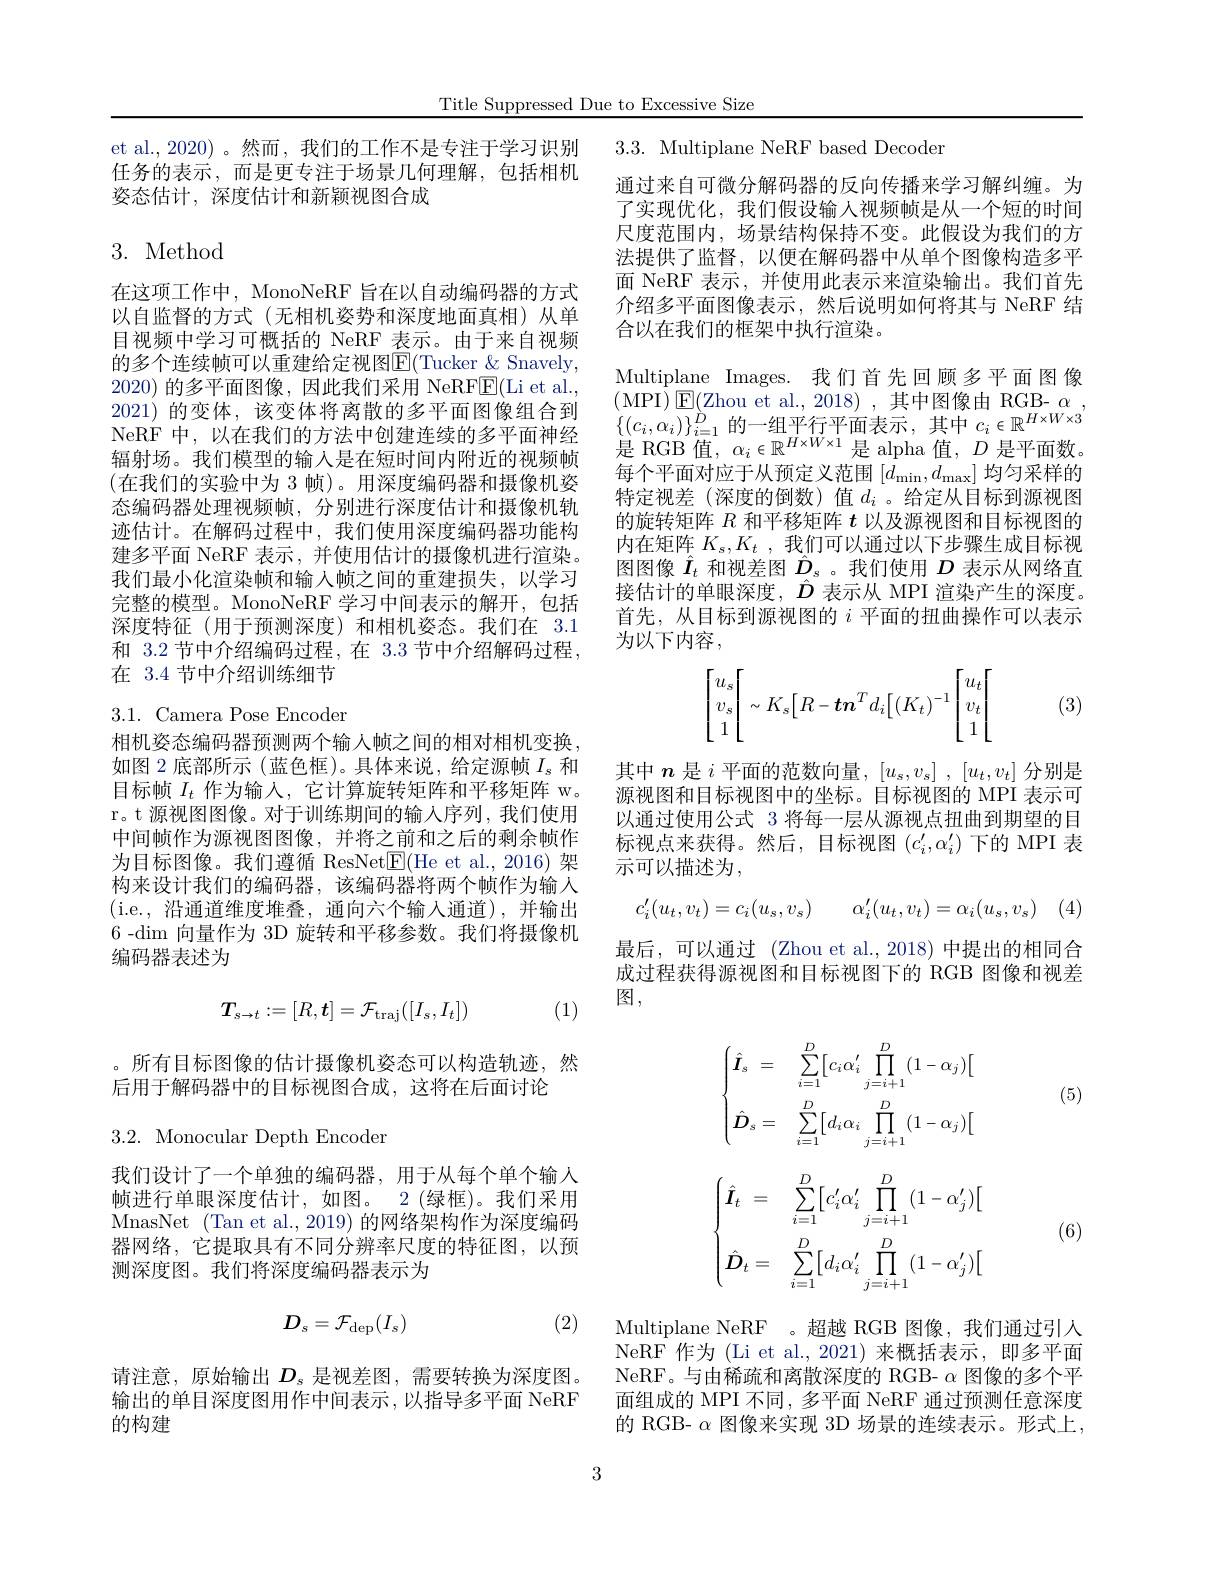
Title Suppressed Due to Excessive Size

et al., 2020) 。然而，我们的工作不是专注于学习识别任务的表示，而是更专注于场景几何理解，包括相机姿态估计，深度估计和新颖视图合成

# 3. Method

在这项工作中，MonoNeRF 旨在以自动编码器的方式以自监督的方式(无相机姿势和深度地面真相)从单目视频中学习可概括的 NeRF 表示。由于来自视频的多个连续帧可以重建给定视图E(Tucker & Snavely, 2020)的多平面图像，因此我们采用 NeRFE(Li et al. 2021) 的变体，该变体将离散的多平面图像组合到NeRF 中，以在我们的方法中创建连续的多平面神经辐射场。我们模型的输入是在短时间内附近的视频帧(在我们的实验中为 3 帧)。用深度编码器和摄像机姿态编码器处理视频帧，分别进行深度估计和摄像机轨迹估计。在解码过程中，我们使用深度编码器功能构建多平面 NeRF 表示，并使用估计的摄像机进行渲染。我们最小化渲染帧和输入帧之间的重建损失，以学习完整的模型。MonoNeRF 学习中间表示的解开，包括深度特征(用于预测深度)和相机姿态。我们在 3.1和 3.2 节中介绍编码过程，在 3.3 节中介绍解码过程在 3.4 节中介绍训练细节

## 3.1. Camera Pose Encoder

相机姿态编码器预测两个输人帧之间的相对相机变换如图 2 底部所示 (蓝色框)。具体来说，给定源帧$I_s$和目标帧$I_t$作为输入，它计算旋转矩阵和平移矩阵 w。r。t 源视图图像。对于训练期间的输入序列，我们使用中间帧作为源视图图像，并将之前和之后的剩余帧作为目标图像。我们遵循 ResNet$\underline{\mathrm{E}}($He et al.,2016)架构来设计我们的编码器，该编码器将两个帧作为输入( i. e. , 沿通道维度堆叠，通向六个输入通道),并输出6 -dim 向量作为 3D 旋转和平移参数。我们将摄像机编码器表述为
$$T_{s\to t}:=[R,\boldsymbol{t}]=\mathcal{F}_{\mathrm{traj}}([I_{s},I_{t}])$$
(1)

。所有目标图像的估计摄像机姿态可以构造轨迹，然
后用于解码器中的目标视图合成，这将在后面讨论

3.2. Monocular Depth Encoder

我们设计了一个单独的编码器，用于从每个单个输入帧进行单眼深度估计，如图。2(绿框)。我们采用MnasNet (Tan et al., 2019) 的网络架构作为深度编码器网络，它提取具有不同分辨率尺度的特征图，以预测深度图。我们将深度编码器表示为
$$D_s=\mathcal{F}_{\mathrm{dep}}(I_s)$$
(2)

请注意，原始输出$D_s$是视差图，需要转换为深度图。输出的单目深度图用作中间表示，以指导多平面 NeRF 的构建

3.3. Multiplane NeRF based Decoder

通过来自可微分解码器的反向传播来学习解纠缠。为了实现优化，我们假设输入视频帧是从一个短的时间尺度范围内，场景结构保持不变。此假设为我们的方法提供了监督，以便在解码器中从单个图像构造多平面 NeRF 表示，并使用此表示来渲染输出。我们首先介绍多平面图像表示，然后说明如何将其与 NeRF 结合以在我们的框架中执行渲染。
Multiplane Images. 我们首先回顾多平面图像(MPI$)\boxtimes[$Zhou et al.,2018),其中图像由 RGB-$\alpha$, 是 RGB 值，$\alpha_i\in\mathbb{R}^{H\times W\times1}$是 alpha 值，$D$是平面数。每个平面对应于从预定义范围$[d_\mathrm{min},d_\mathrm{max}]$均匀采样的特定视差 (深度的倒数)值$d_i$ 。给定从目标到源视图的旋转矩阵$R$和平移矩阵$t$以及源视图和目标视图的内在矩阵$K_s,K_t$ ,我们可以通过以下步骤生成目标视图图像$\hat{I}_t$和视差图$\hat{D}_s$ 。我们使用$D$表示从网络直接估计的单眼深度，$\hat{D}$表示从 MPI 渲染产生的深度。首先，从目标到源视图的$i$平面的扭曲操作可以表示为以下内容，
$$\begin{bmatrix}u_s\\v_s\\1\end{bmatrix}\sim K_s\big[R-\boldsymbol{t}\boldsymbol{n}^Td_i\big[(K_t)^{-1}\bigg[\begin{matrix}u_t\\v_t\\1\end{matrix}\bigg[$$
$\left . \begin{array} { c } t\\ t\end{array} \right |$ (3)

其中$n$是$i$平面的范数向量$,[u_s,v_s],[u_t,v_t]$分别是源视图和目标视图中的坐标。目标视图的 MPI 表示可以通过使用公式 3 将每一层从源视点扭曲到期望的目标视点来获得。然后，目标视图$(c_i^{\prime},\alpha_i^{\prime})$下的 MPI 表示可以描述为，
$$c_i'(u_t,v_t)=c_i(u_s,v_s)\quad\alpha_i'(u_t,v_t)=\alpha_i(u_s,v_s)$$
最后，可以通过 (Zhou et al.,2018) 中提出的相同合成过程获得源视图和目标视图下的 RGB 图像和视差图，

(5)
$$\begin{cases}\hat{\boldsymbol{I}}_s&=&\sum\limits_{i=1}^D\bigl[c_i\alpha_i'\prod\limits_{j=i+1}^D\bigl(1-\alpha_j\bigr)\bigl[\\\hat{\boldsymbol{D}}_s&=&\sum\limits_{i=1}^D\bigl[d_i\alpha_i\prod\limits_{j=i+1}^D\bigl(1-\alpha_j\bigr)\bigl[\end{cases}$$
$$\begin{cases}\hat{\boldsymbol{I}}_t&=&\sum\limits_{i=1}^D\bigl[c_i'\alpha_i'\prod\limits_{j=i+1}^D\bigl(1-\alpha_j'\bigr)\bigl[\\\hat{\boldsymbol{D}}_t&=&\sum\limits_{i=1}^D\bigl[d_i\alpha_i'\prod\limits_{j=i+1}^D\bigl(1-\alpha_j'\bigr)\bigl[\end{cases}$$
(6)

Multiplane NeRF 。超越 RGB 图像，我们通过引人NeRF 作为 (Li et al.,2021) 来概括表示，即多平面NeRF。与由稀疏和离散深度的 RGB- $\alpha$图像的多个平面组成的 MPI 不同，多平面 NeRF 通过预测任意深度的 RGB- $\alpha$图像来实现 3D 场景的连续表示。形式上，

3